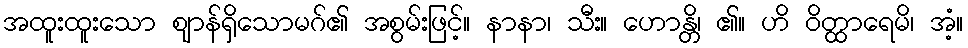
အထူးထူးသော ဈာန်ရှိသောမဂ်၏ အစွမ်းဖြင့်။ နာနာ၊ သီး။ ဟောန္တိ၊ ၏။ ဟိ ဝိတ္ထာရေမိ၊ အံ့။